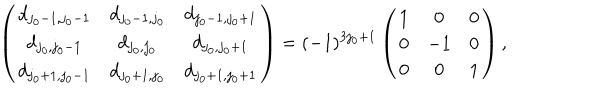
LaTeX: \left( \begin{array} { c c c } { { d _ { j _ { 0 } - 1 , j _ { 0 } - 1 } } } & { { d _ { j _ { 0 } - 1 , j _ { 0 } } } } & { { d _ { j _ { 0 } - 1 , j _ { 0 } + 1 } } } \\ { { d _ { j _ { 0 } , j _ { 0 } - 1 } } } & { { d _ { j _ { 0 } , j _ { 0 } } } } & { { d _ { j _ { 0 } , j _ { 0 } + 1 } } } \\ { { d _ { j _ { 0 } + 1 , j _ { 0 } - 1 } } } & { { d _ { j _ { 0 } + 1 , j _ { 0 } } } } & { { d _ { j _ { 0 } + 1 , j _ { 0 } + 1 } } } \\ \end{array} \right) = ( - 1 ) ^ { 3 j _ { 0 } + 1 } \left( \begin{array} { c c c } { { 1 } } & { { 0 } } & { { 0 } } \\ { { 0 } } & { { - 1 } } & { { 0 } } \\ { { 0 } } & { { 0 } } & { { 1 } } \\ \end{array} \right) ,